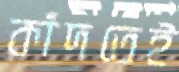
কাঁদতেই